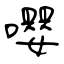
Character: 嚶